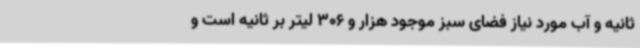
ثانیه و آب مورد نیاز فضای سبز موجود هزار و 306 لیتر بر ثانیه است و